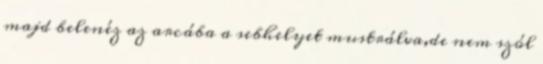
majd belenéz az arcába a sebhelyet mustrálva,de nem szól